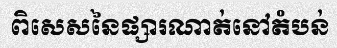
ពិសេសនៃផ្សារណាត់នៅតំបន់